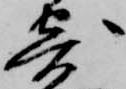
寄